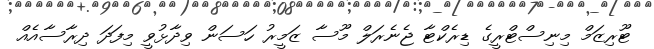
ޓޫރިޒަމް މިނިސްޓްރީގެ ޑިރެކްޓާ ޖެނެރަލް މޫސާ ޒަމީރު ހަސަން ވިދާޅުވީ މިފަދަ ދިރާސާއެއް